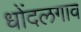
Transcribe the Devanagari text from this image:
धोंदलगाव